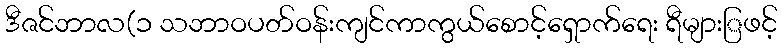
ဒီဇင်ဘာလ(၁ သဘာဝပတ်ဝန်းကျင်ကာကွယ်စောင့်ရှောက်ရေး ရီများြဖင့်